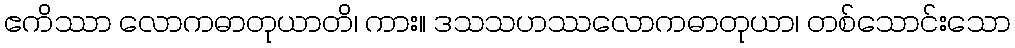
ဧကိဿာ လောကဓာတုယာတိ၊ ကား။ ဒသသဟဿလောကဓာတုယာ၊ တစ်သောင်းသော